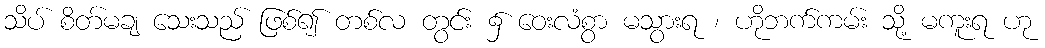
သိပ် စိတ်မချ သေးသည် ဖြစ်၍ တစ်လ တွင်း ၌ ဝေးလံစွာ မသွားရ ၊ ဟိုဘက်ကမ်း သို့ မကူးရ ဟု